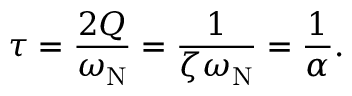
\tau = { \frac { 2 Q } { \omega _ { \mathrm { N } } } } = { \frac { 1 } { \zeta \omega _ { \mathrm { N } } } } = { \frac { 1 } { \alpha } } .